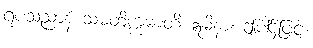
ရူပသညာနံ သမတိက္ကမာတိ ဣမိနာ၊ ဤပါဌ်ဖြင့်။